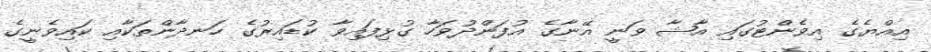
އިއްޔެގެ އިވެންޓުގައި އާޝާ ވަނީ އޭނާގެ އުފަންދުވަހާ ގުޅިފައިވާ ކުޑައިރުގެ ހަނދާންތަކާއި ކައިވެނީގެ